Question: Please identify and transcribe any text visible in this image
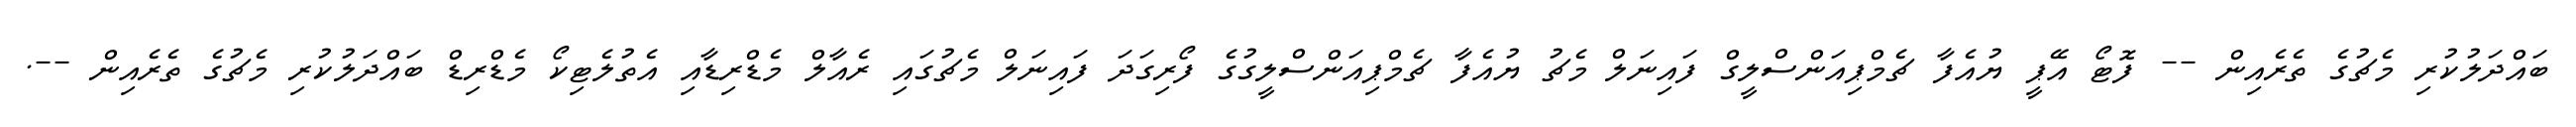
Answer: ބައްދަލުކުރި މެޗުގެ ތެރެއިން -- ފޮޓޯ އޭޕީ ޔުއެފާ ޗެމްޕިއަންސްލީގް ފައިނަލް މެޗު ޔުއެފާ ޗެމްޕިއަންސްލީގުގެ ފޯރިގަދަ ފައިނަލް މެޗުގައި ރެއާލް މެޑްރިޑާއި އެތުލެޓިކޯ މެޑްރިޑް ބައްދަލުކުރި މެޗުގެ ތެރެއިން --.